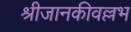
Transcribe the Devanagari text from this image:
श्रीजानकीवल्लभ